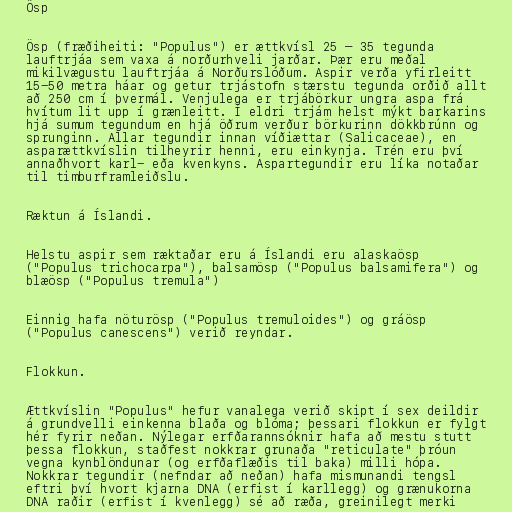
Ösp

Ösp (fræðiheiti: "Populus") er ættkvísl 25 – 35 tegunda
lauftrjáa sem vaxa á norðurhveli jarðar. Þær eru meðal
mikilvægustu lauftrjáa á Norðurslóðum. Aspir verða yfirleitt
15-50 metra háar og getur trjástofn stærstu tegunda orðið allt
að 250 cm í þvermál. Venjulega er trjábörkur ungra aspa frá
hvítum lit upp í grænleitt. Í eldri trjám helst mýkt barkarins
hjá sumum tegundum en hjá öðrum verður börkurinn dökkbrúnn og
sprunginn. Allar tegundir innan víðiættar (Salicaceae), en
asparættkvíslin tilheyrir henni, eru einkynja. Trén eru því
annaðhvort karl- eða kvenkyns. Aspartegundir eru líka notaðar
til timburframleiðslu.

Ræktun á Íslandi.

Helstu aspir sem ræktaðar eru á Íslandi eru alaskaösp
("Populus trichocarpa"), balsamösp ("Populus balsamifera") og
blæösp ("Populus tremula")

Einnig hafa nöturösp ("Populus tremuloides") og gráösp
("Populus canescens") verið reyndar.

Flokkun.

Ættkvíslin "Populus" hefur vanalega verið skipt í sex deildir
á grundvelli einkenna blaða og blóma; þessari flokkun er fylgt
hér fyrir neðan. Nýlegar erfðarannsóknir hafa að mestu stutt
þessa flokkun, staðfest nokkrar grunaða "reticulate" þróun
vegna kynblöndunar (og erfðaflæðis til baka) milli hópa.
Nokkrar tegundir (nefndar að neðan) hafa mismunandi tengsl
eftri því hvort kjarna DNA (erfist í karllegg) og grænukorna
DNA raðir (erfist í kvenlegg) sé að ræða, greinilegt merki